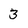
Character: 3